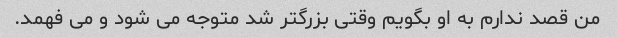
من قصد ندارم به او بگویم وقتی بزرگتر شد متوجه می شود و می فهمد.